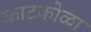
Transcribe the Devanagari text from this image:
काटकोळा